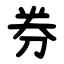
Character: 券